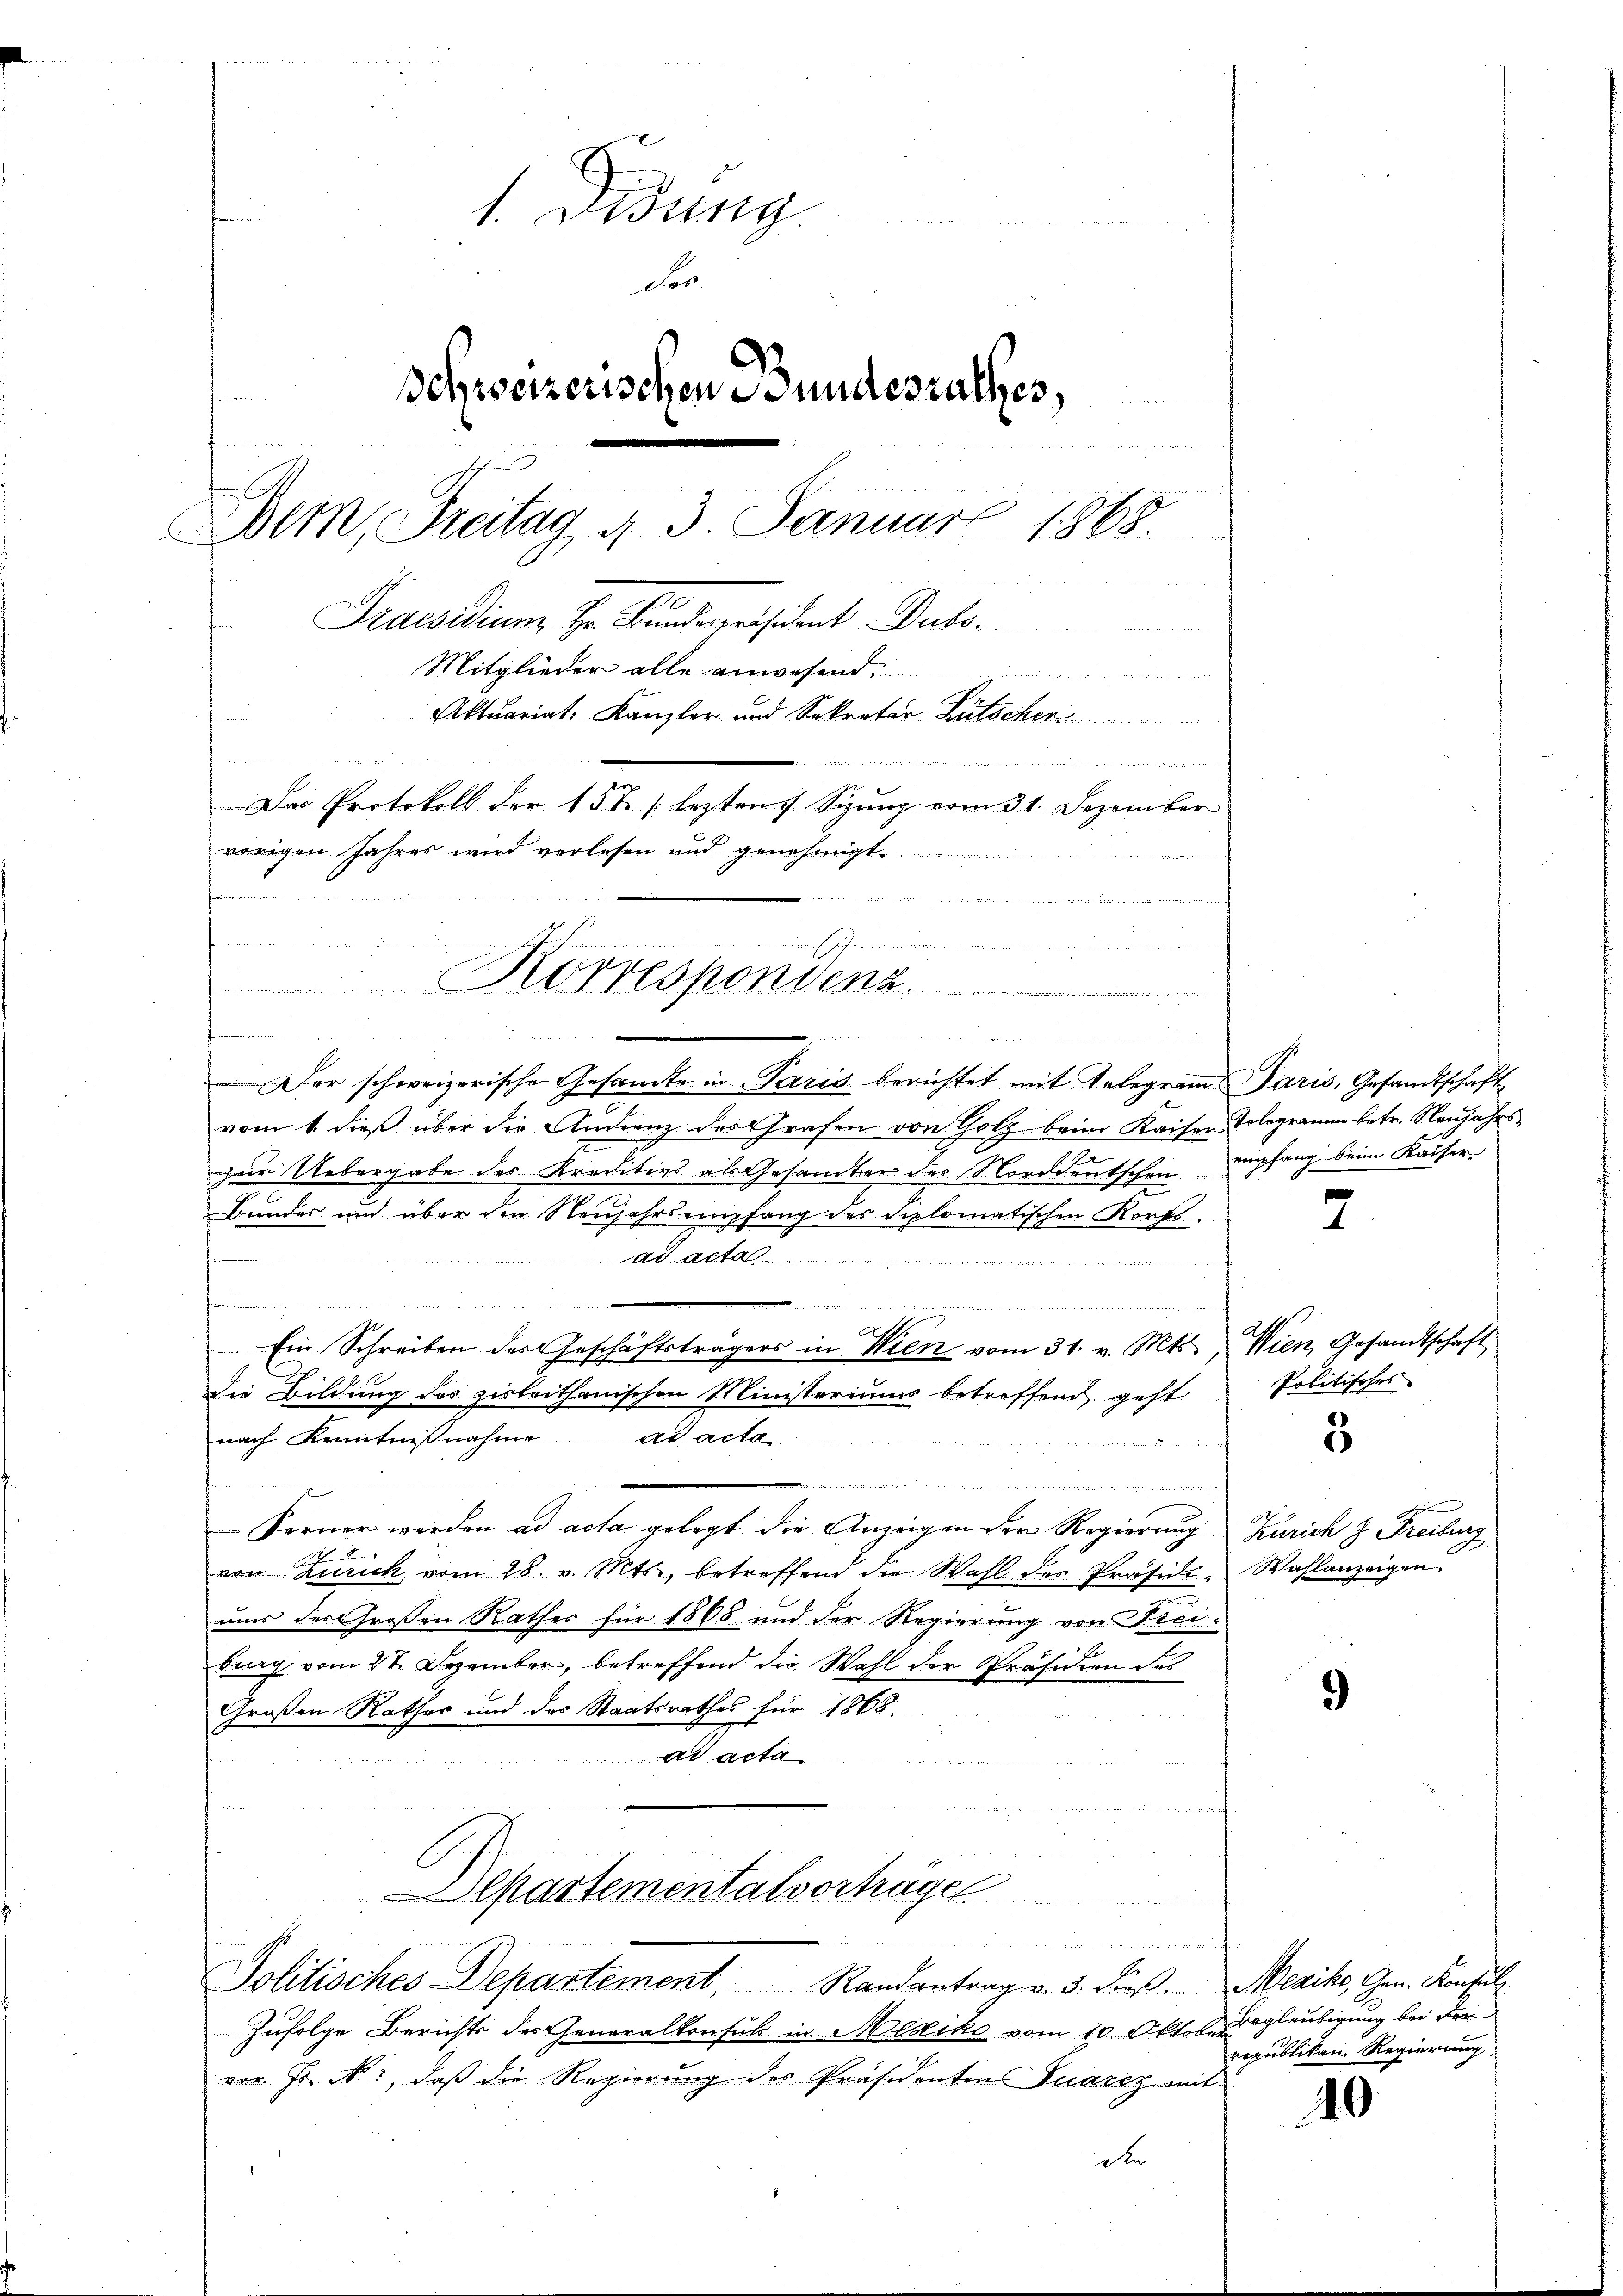
1. Didung
der
Behweizerischen Bundesrathes,

Bern, Freitag d. 3. Januar 1865
Praesidium Hr. Bundespräsident Dubo.
Mitglieder alle anwesend:
n
Aktuariat-Kanzler und Sekretär Lütscher
u
g
Das Protokoll der 15 t [ lezten Sizung vom 31. Dezember
vorigen Jahres wird verlesen und genehmigt.
a er in de
dee i
f
inrich gesten in die gehen, es enthienen den hier die

Korrespondenz.

 , mit in den denken al

Der schweizerische Gesandte in Paris berichtet mit Telegram Paris, Gesandtschaft
vom 1. dieß über die Andrenz des Grafen von Holz beim Kaiser Tolegramm betr. Neujahrs
zur Uebergabe des Kreditivs als Gesandter der Norddeutschen empfang beim Kaiser¬
Bunder und über den Neŭjahrs empfang des diplomatischen Korps
2
 Ateli
it
Semesser
 waren und dem einen der erschen un
fammen
de gericht werden in
A
Ein Schreiben des Geschäftsträgers in Wien vom 31. v. Mts. Wien, Gesandtschaft
Die Bildung des zirbeithanischen Ministoriums betreffend geht
nach Kenntnißnahme ad acta

u
i
Ferner werden ad acta gelegt die Anzeigen der Regierung Zürich z. Freiburg
von Zürich vom 28. v. Mts., betreffend die Wahl des Präside, Wahlanzeigen
ums des Großen Rathes für 1868 und der Regierung von Freiberg vom 27 Dezember, betreffend die Wahl der Präsidien des
Großen Rathes und des Staatsrathes für 1865.
ad acta
.
u

i
e

Alpastementalvorträge

, et man den
Zufolge Berichts der Generalkonsul in Mexiko vom 10. Oktobersgläubigung bei der
vor. Js. No. 2, daß die Regierung des Präsidenten Suarez mit
den

mmen den den den ein wegen, in in die Rede ich
Politisches Departement Randantrag v. 5. dieβ. Mezike, Gen. Konsul

A

Politisches

3

9)

10

republikan Regierung.